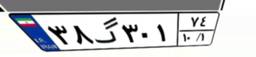
۳۸گ۳۰۱۷۴